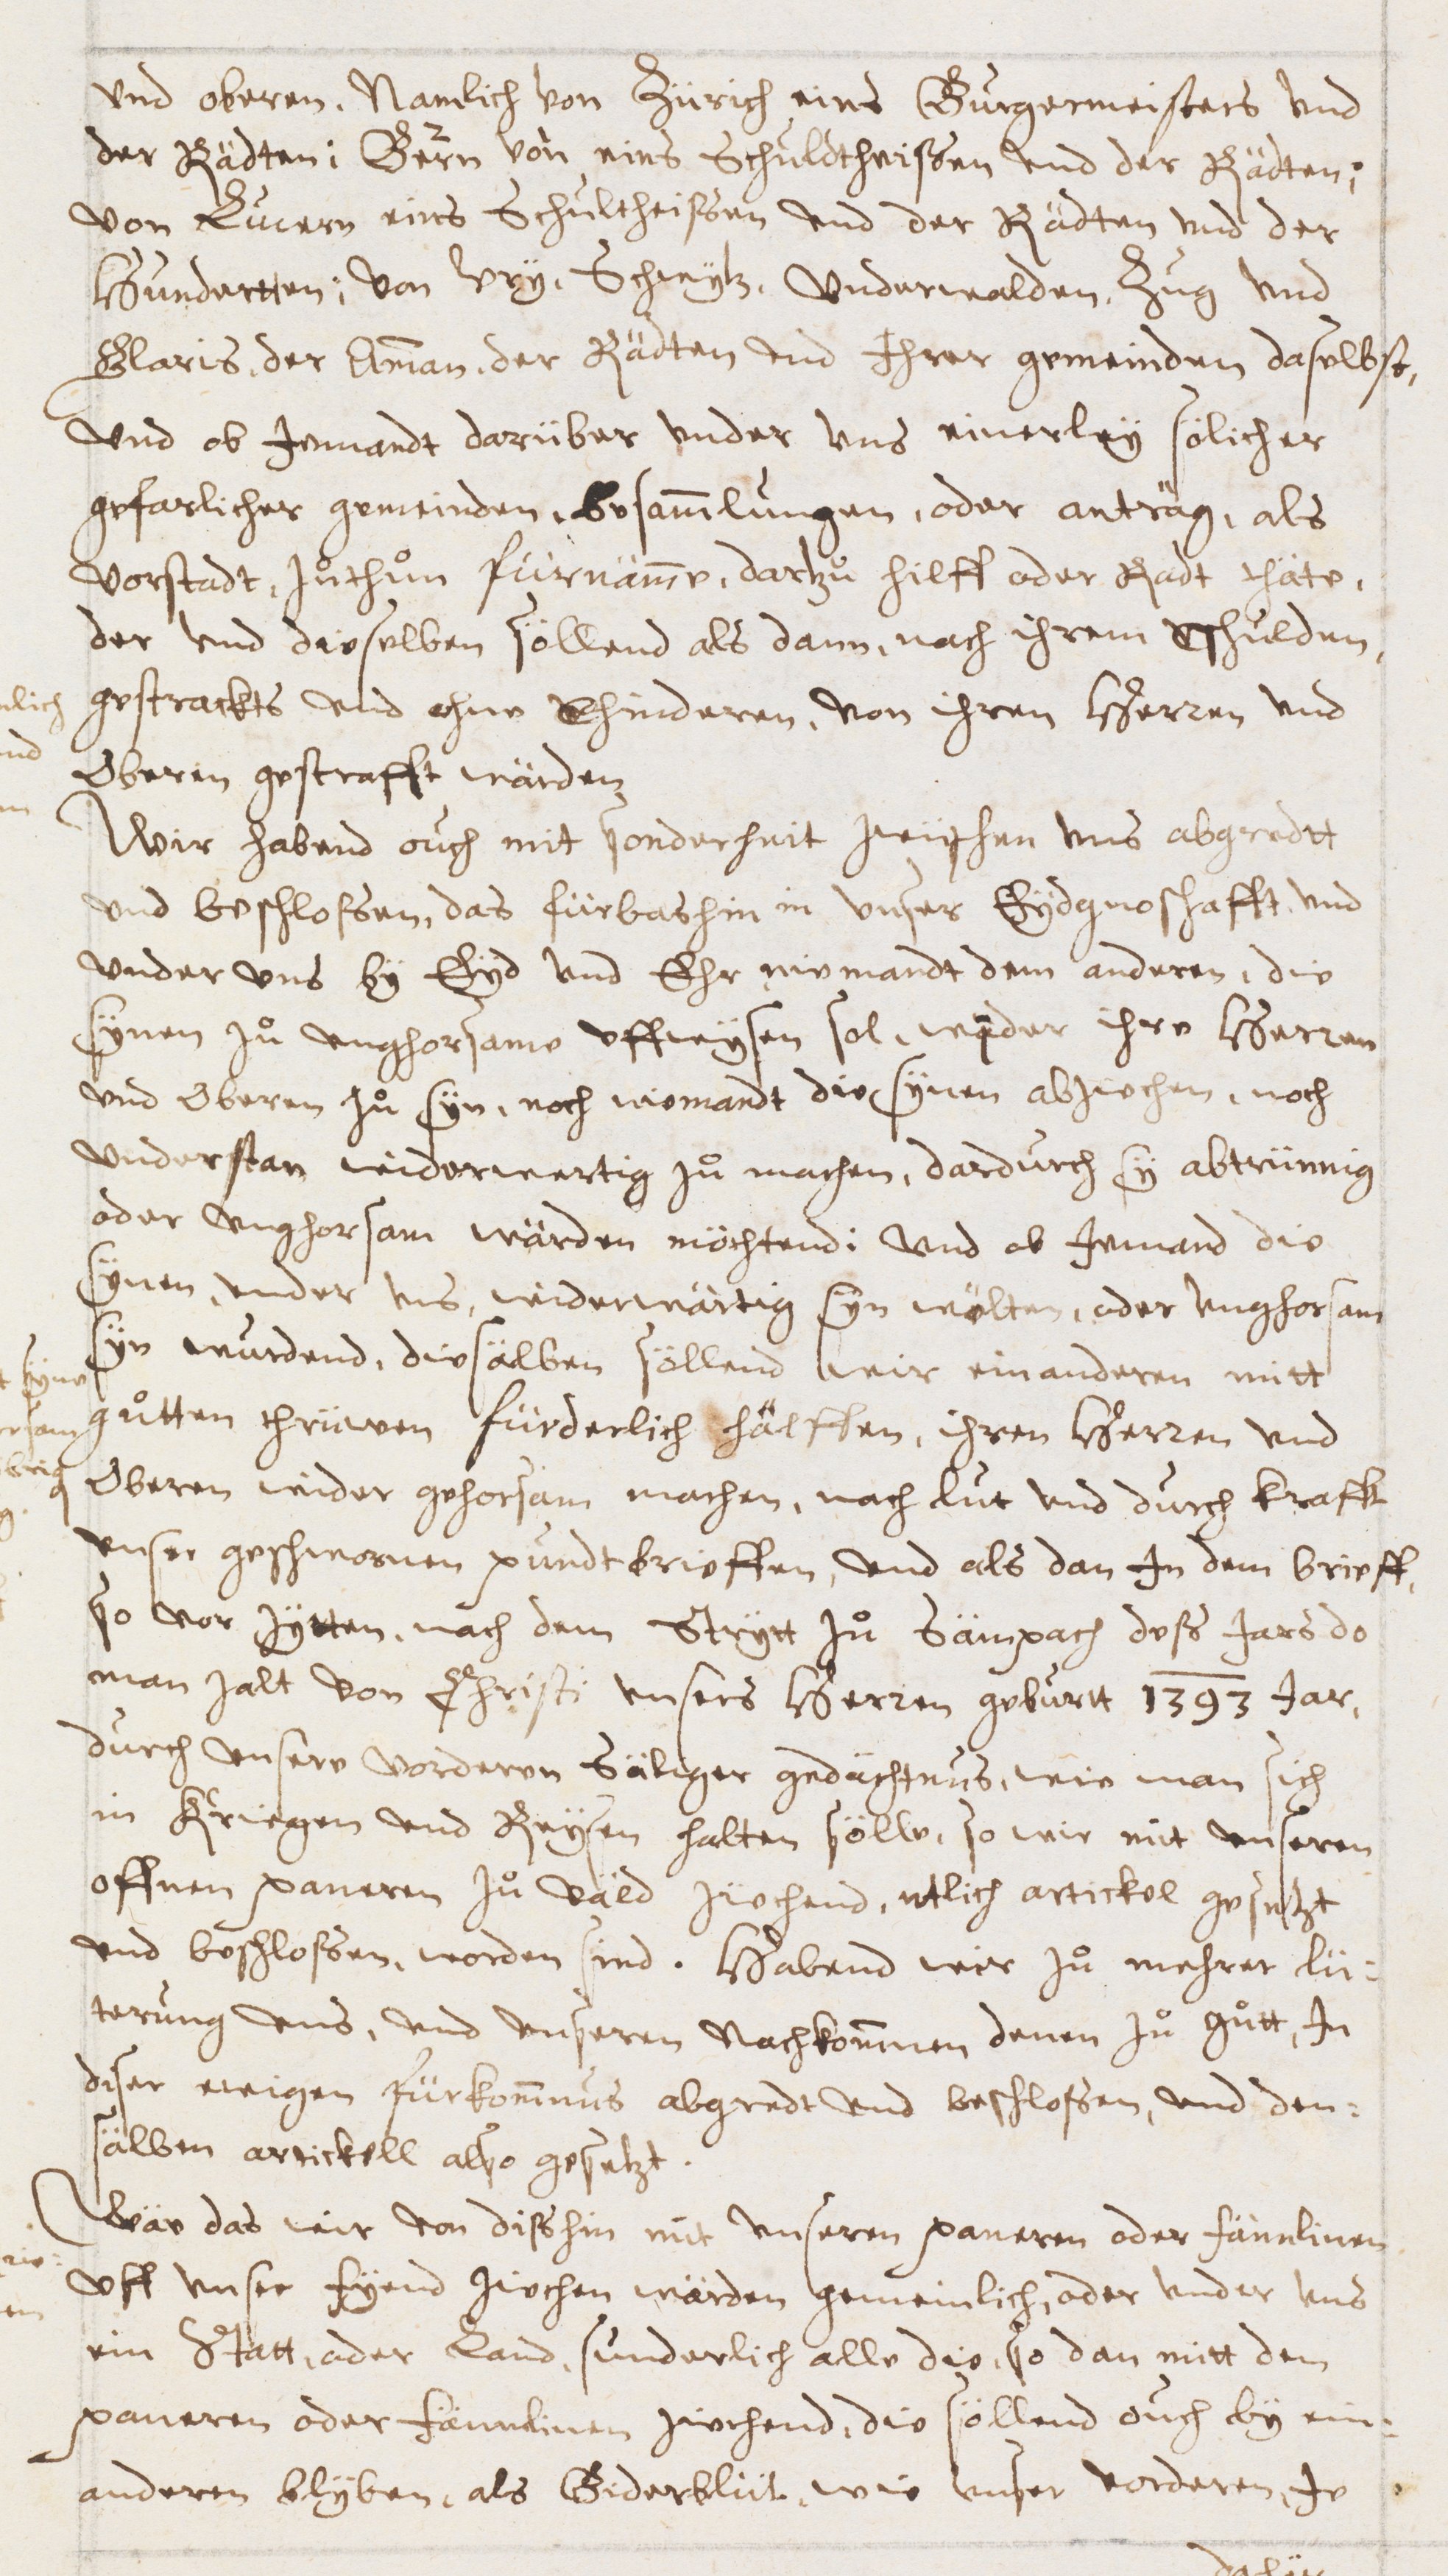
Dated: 1600–1699